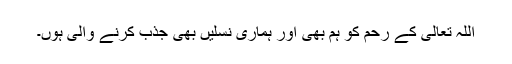
اللہ تعالیٰ کے رحم کو ہم بھی اور ہماری نسلیں بھی جذب کرنے والی ہوں۔